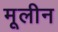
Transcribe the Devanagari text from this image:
मूलीन